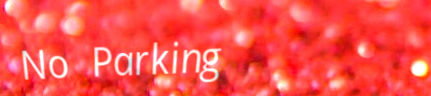
No Parking